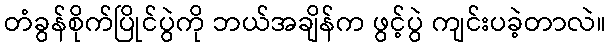
တံခွန်စိုက်ပြိုင်ပွဲကို ဘယ်အချိန်က ဖွင့်ပွဲ ကျင်းပခဲ့တာလဲ။